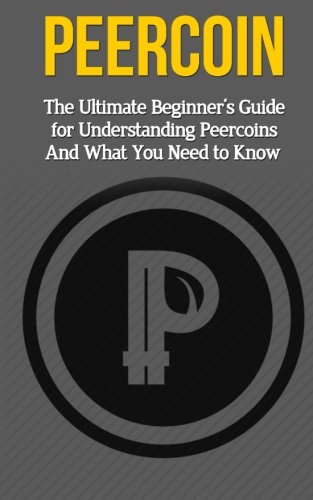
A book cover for Peercoin: The Ultimate Beginner's Guide for Understanding Peercoin And What You Need to Know (Beginning, Mining, Step by Step, Miner, Exposed, Trading, Basics, PPC, Cryptocurrency); Elliott Branson; Computers & Technology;